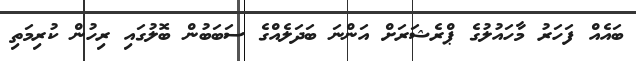
ބައެއް ފަހަރު މާހައުލުގެ ޕްރެޝަރަށް އަންނަ ބަދަލެއްގެ ސަބަބުން ބޮލުގައި ރިހުން ކުރިމަތި